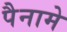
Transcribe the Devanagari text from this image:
पैनामे